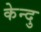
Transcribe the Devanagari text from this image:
केन्दु